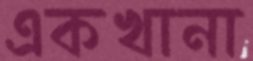
একখানা